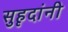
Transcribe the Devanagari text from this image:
सुहृदांनी